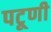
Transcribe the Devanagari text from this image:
पटूणी